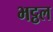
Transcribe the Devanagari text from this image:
भट्ठल